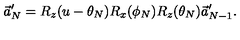
\vec { a } _ { N } ^ { \prime } = R _ { z } ( u - \theta _ { N } ) R _ { x } ( \phi _ { N } ) R _ { z } ( \theta _ { N } ) \vec { a } _ { N - 1 } ^ { \prime } .